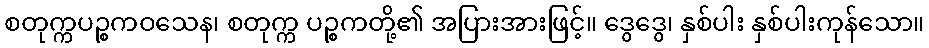
စတုက္ကပဉ္စကဝသေန၊ စတုက္က ပဉ္စကတို့၏ အပြားအားဖြင့်။ ဒွေဒွေ၊ နှစ်ပါး နှစ်ပါးကုန်သော။